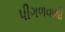
પીગળવાથી